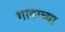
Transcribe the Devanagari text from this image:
गावाच्‍या